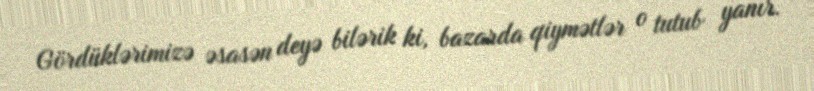
Gördüklərimizə əsasən deyə bilərik ki, bazarda qiymətlər o tutub yanır.